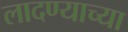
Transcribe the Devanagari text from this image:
लादण्याच्या